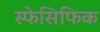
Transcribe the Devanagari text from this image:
स्फेसिफिक